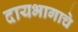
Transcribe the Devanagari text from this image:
दायभागाचे